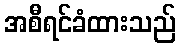
အစီရင်ခံထားသည်